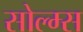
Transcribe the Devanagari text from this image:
सोल्म्स